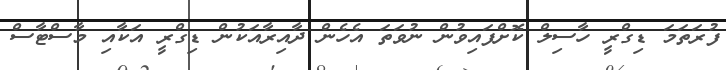
ފުރަތަމަ ޑިގްރީ ހާސިލް ކޮށްފައިވުން ނުވަތަ އެހެން ދާއިރާއަކުން ޑިގްރީ އަކާއި މާސްޓާސް